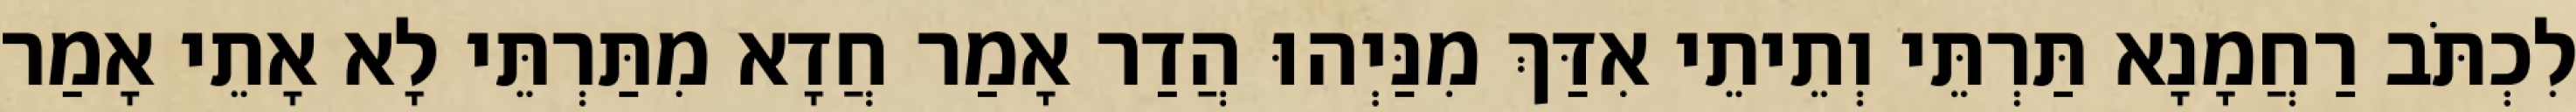
לִכְתֹּב רַחֲמָנָא תַּרְתֵּי וְתֵיתֵי אִדַּךְ מִנַּיְהוּ הֲדַר אָמַר חֲדָא מִתַּרְתֵּי לָא אָתֵי אָמַר